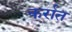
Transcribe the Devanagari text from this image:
कर्रात